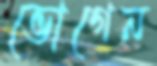
ভোগেন